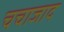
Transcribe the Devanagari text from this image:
चचाजाद